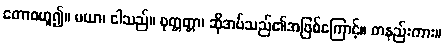
တောစဟူ၍။ မယာ၊ ငါသည်။ ဝုတ္တတ္တာ၊ ဆိုအပ်သည်၏အဖြစ်ကြောင့်။ တနည်းကား။